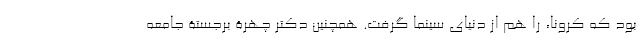
بود که کرونا، را هم از دنیای سینما گرفت. همچنین دکتر چهرۀ برجستۀ جامعه